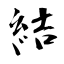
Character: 結